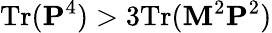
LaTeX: \mathrm{Tr}({\mathbf P}^{4})>3\mathrm{Tr}({\mathbf M}^{2}{\mathbf P}^{2})